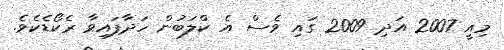
މިއީ 2007 އަދި 2009 ގައި ވެސް އެ ކްލަބުން ހަދާފައިވާ ރެކޯޑެކެވެ.